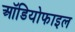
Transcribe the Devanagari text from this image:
ऑडियोफाइल